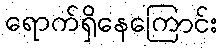
ရောက်ရှိနေကြောင်း